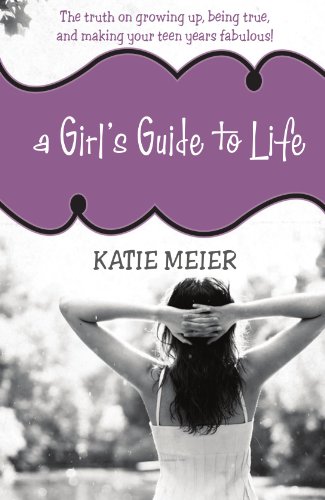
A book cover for A Girl's Guide to Life: The Truth on Growing Up, Being Real, and Making Your Teen Years Fabulous!; Katie Meier; Teen & Young Adult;